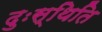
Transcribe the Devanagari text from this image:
दुःस्थिति